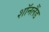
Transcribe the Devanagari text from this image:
शॉनलैंड